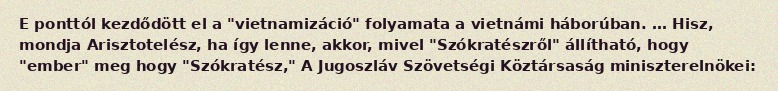
E ponttól kezdődött el a "vietnamizáció" folyamata a vietnámi háborúban. … Hisz, mondja Arisztotelész, ha így lenne, akkor, mivel "Szókratészről" állítható, hogy "ember" meg hogy "Szókratész," A Jugoszláv Szövetségi Köztársaság miniszterelnökei: